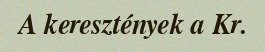
A keresztények a Kr.